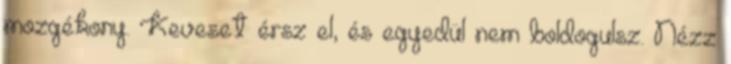
mozgékony. Keveset érsz el, és egyedül nem boldogulsz. Nézz